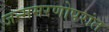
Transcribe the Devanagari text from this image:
जन्ममरणोपरांत